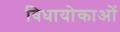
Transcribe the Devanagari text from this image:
विधायोकाओं